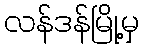
လန်ဒန်မြို့မှ